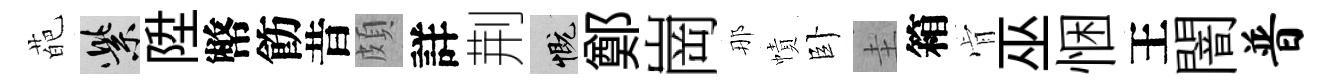
葩紫陞幣飭昔頗詳荆慨鄭崗那幘卧圭箱肻巫悃王闇普